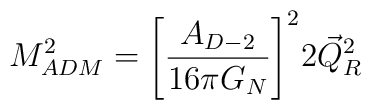
M_{ADM}^2 = \Biggl[\frac{A_{D-2}}{16\pi G_N}\Biggr]^22\vec{Q}_R^2